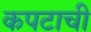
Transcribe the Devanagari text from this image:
कपटाची